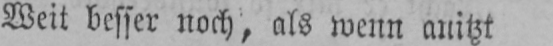
Weit besser noch, als wenn anitzt